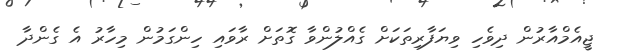
ޖީއެމްއާރުން ދިވެހި ވިޔަފާރިތަކަށް ގެއްލުންވާ ގޮތަށް ރާވައި ހިންގަމުން މިހާރު އެ ގެންދާ